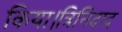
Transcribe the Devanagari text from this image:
किया।त्रिनिदाद